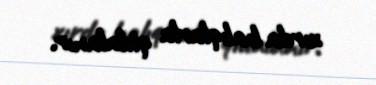
xırda balıqlarla qidalanır.